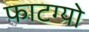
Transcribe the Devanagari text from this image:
फाटग्यो